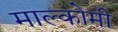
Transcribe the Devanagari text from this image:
माल्कोमी